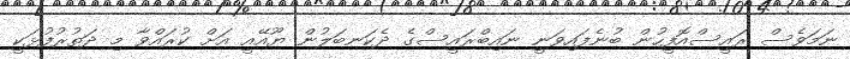
ނަމަވެސް ރައީސްއޮފީހުން ބުނެފައިވަނީ ނައިބްރައީސްގެ ދެކަނބަލުން ޔޫއޭއީ އަށް ކުރައްވާ މި ދަތުރުފުޅަކީ